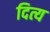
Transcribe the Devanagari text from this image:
दित्य